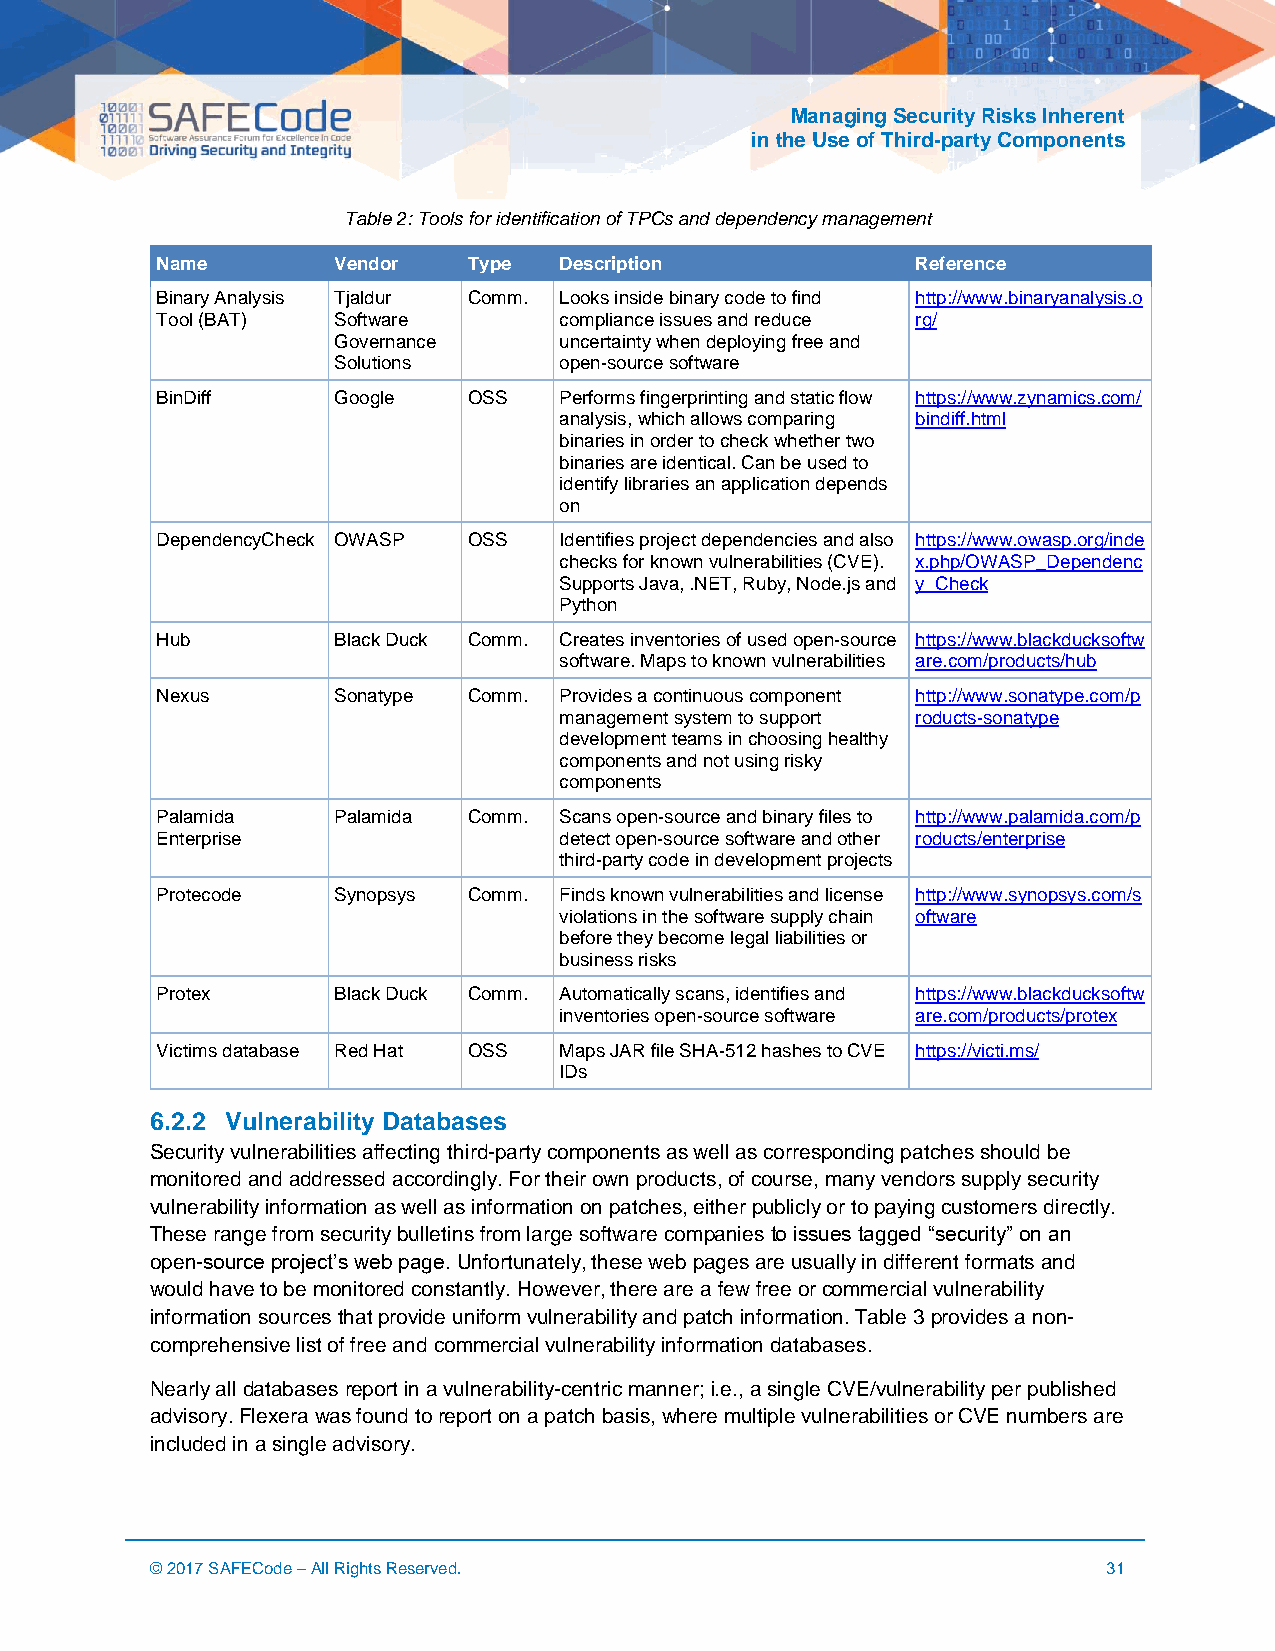
Managing Security Risks Inherent
 in the Use of Third-party Components
 Table 2: Tools for identification of TPCs and dependency management
 Name        Vendor   Type  Description             Reference
 Binary Analysis Tjaldur Comm. Looks inside binary code to find http://www.binaryanalysis.o
 Tool (BAT)  Software       compliance issues and reduce rg/
 Governance     uncertainty when deploying free and
 Solutions      open-source software
 BinDiff     Google   OSS   Performs fingerprinting and static flow https://www.zynamics.com/
 analysis, which allows comparing bindiff.html
 binaries in order to check whether two
 binaries are identical. Can be used to
 identify libraries an application depends
 on
 DependencyCheck OWASP OSS  Identifies project dependencies and also https://www.owasp.org/inde
 checks for known vulnerabilities (CVE). x.php/OWASP_Dependenc
 Supports Java, .NET, Ruby, Node.js and y_Check
 Python
 Hub         Black Duck Comm. Creates inventories of used open-source https://www.blackducksoftw
 software. Maps to known vulnerabilities are.com/products/hub
 Nexus       Sonatype Comm. Provides a continuous component http://www.sonatype.com/p
 management system to support roducts-sonatype
 development teams in choosing healthy
 components and not using risky
 components
 Palamida    Palamida Comm. Scans open-source and binary files to http://www.palamida.com/p
 Enterprise                 detect open-source software and other roducts/enterprise
 third-party code in development projects
 Protecode   Synopsys Comm. Finds known vulnerabilities and license http://www.synopsys.com/s
 violations in the software supply chain oftware
 before they become legal liabilities or
 business risks
 Protex      Black Duck Comm. Automatically scans, identifies and https://www.blackducksoftw
 inventories open-source software are.com/products/protex
 Victims database Red Hat OSS Maps JAR file SHA-512 hashes to CVE https://victi.ms/
 IDs
 6.2.2 Vulnerability Databases
 Security vulnerabilities affecting third-party components as well as corresponding patches should be
 monitored and addressed accordingly. For their own products, of course, many vendors supply security
 vulnerability information as well as information on patches, either publicly or to paying customers directly.
 These range from security bulletins from large software companies to issues tagged “security” on an
 open-source project’s web page. Unfortunately, these web pages are usually in different formats and
 would have to be monitored constantly. However, there are a few free or commercial vulnerability
 information sources that provide uniform vulnerability and patch information. Table 3 provides a non-
 comprehensive list of free and commercial vulnerability information databases.
 Nearly all databases report in a vulnerability-centric manner; i.e., a single CVE/vulnerability per published
 advisory. Flexera was found to report on a patch basis, where multiple vulnerabilities or CVE numbers are
 included in a single advisory.
 © 2017 SAFECode – All Rights Reserved.                         31